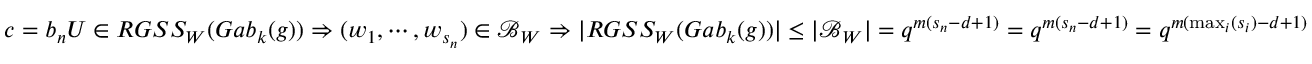
c = b _ { n } U \in R G S S _ { W } ( G a b _ { k } ( g ) ) \Rightarrow ( w _ { 1 } , \cdots , w _ { s _ { n } } ) \in \mathcal { B } _ { W } \Rightarrow | R G S S _ { W } ( G a b _ { k } ( g ) ) | \leq | \mathcal { B } _ { W } | = q ^ { m ( s _ { n } - d + 1 ) } = q ^ { m ( s _ { n } - d + 1 ) } = q ^ { m ( \operatorname* { m a x } _ { i } ( s _ { i } ) - d + 1 ) }